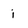
Character: i